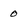
Character: 0